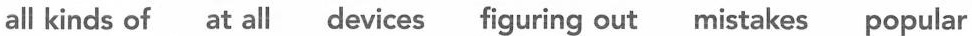
all kinds of at all devices figuring out mistakes popular